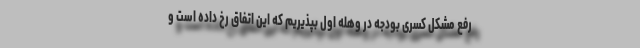
رفع مشکل کسری بودجه در وهله اول بپذیریم که این اتفاق رخ داده است و